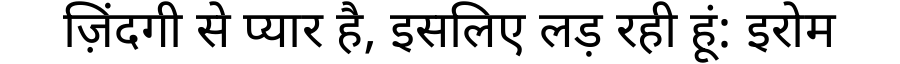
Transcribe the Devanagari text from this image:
ज़िंदगी से प्यार है, इसलिए लड़ रही हूं: इरोम